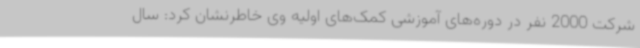
شرکت 2000 نفر در دوره‌های آموزشی کمک‌های اولیه وی خاطرنشان کرد: سال